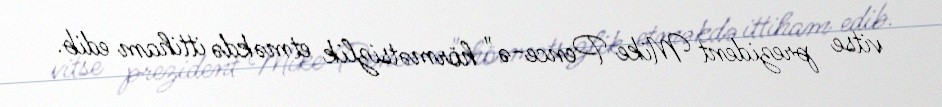
vitse prezident Mike Pence-ə" hörmətsizlik etməkdə ittiham edib.